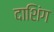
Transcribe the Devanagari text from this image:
दाशिंग